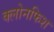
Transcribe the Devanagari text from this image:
क्लोनफिश